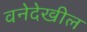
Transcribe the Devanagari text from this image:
वनेदेखील